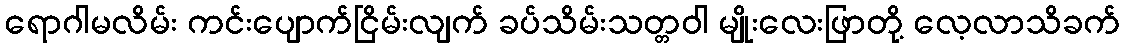
ရောဂါမလိမ်း ကင်းပျောက်ငြိမ်းလျက် ခပ်သိမ်းသတ္တဝါ မျိုးလေးဖြာတို့ လေ့လာသိခက်